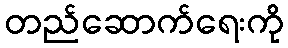
တည်ဆောက်ရေးကို